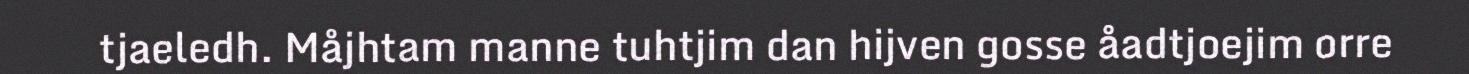
tjaeledh. Måjhtam manne tuhtjim dan hijven gosse åadtjoejim orre